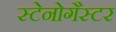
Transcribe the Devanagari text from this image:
स्टेनोगैस्टर